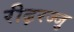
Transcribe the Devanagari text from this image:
रीढ़रज्जु